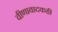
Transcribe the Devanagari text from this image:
वीणावादकही